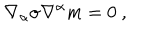
\nabla _ { \alpha } \sigma \nabla ^ { \alpha } m = 0 ~ ,